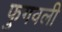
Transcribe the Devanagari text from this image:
फुगवली